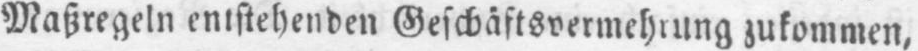
Maßregeln entstehenden Geschäftsvermehrung zukommen,